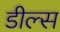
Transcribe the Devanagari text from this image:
डील्स